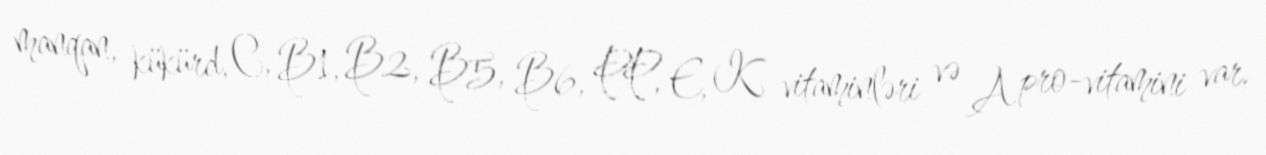
manqan, kükürd, C, B1, B2, B5, B6, PP, E, K vitaminləri və A pro-vitamini var.